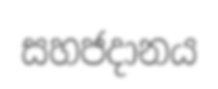
සහජදානය